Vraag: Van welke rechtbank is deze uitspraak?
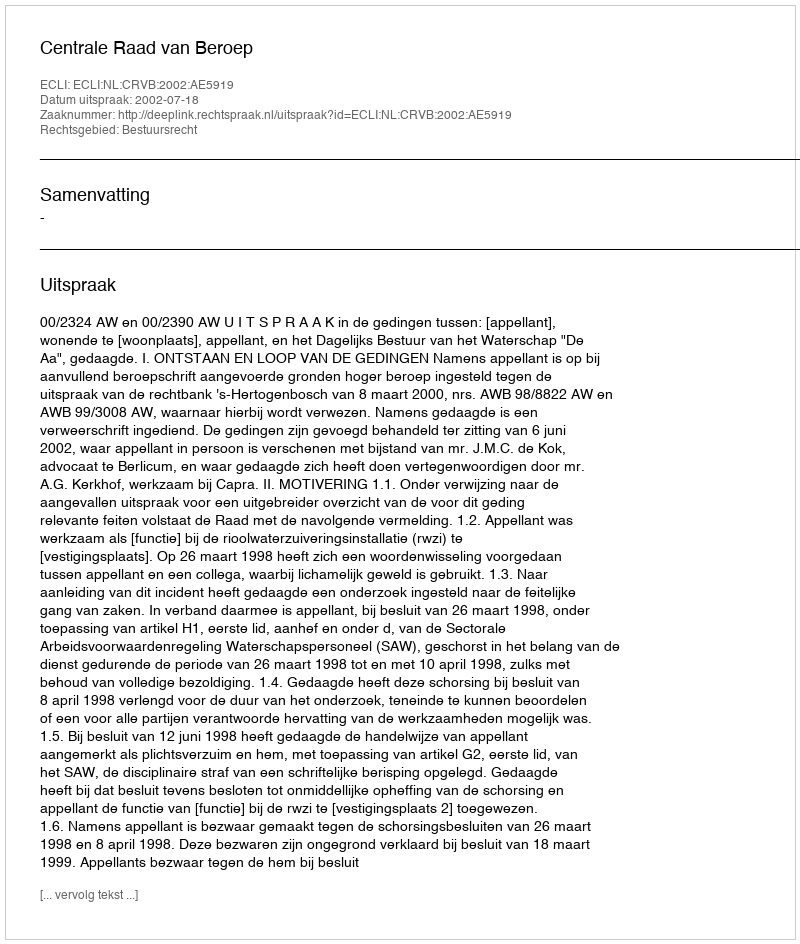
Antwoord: Centrale Raad van Beroep